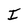
Character: I